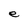
Character: e